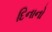
દિનાનો